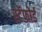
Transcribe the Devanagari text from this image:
स्टॅफोर्ड